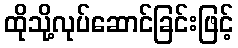
ထိုသို့လုပ်ဆောင်ခြင်းဖြင့်